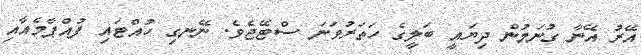
އޭރު އޭނާ ގުނަމުން ދިޔައީ ބަލީގެ ހަތަރުވަނަ ސްޓޭޖެވެ. ނޭނގި ހުއްޓައި ފުއްޕާމެއާއި